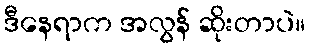
ဒီနေရာက အလွန် ဆိုးတာပဲ။